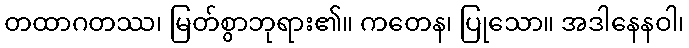
တထာဂတဿ၊ မြတ်စွာဘုရား၏။ ကတေန၊ ပြုသော။ အဒါနေနဝါ၊